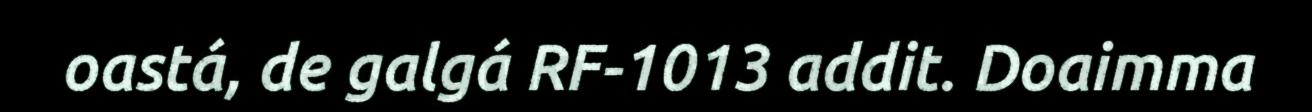
oastá, de galgá RF-1013 addit. Doaimma